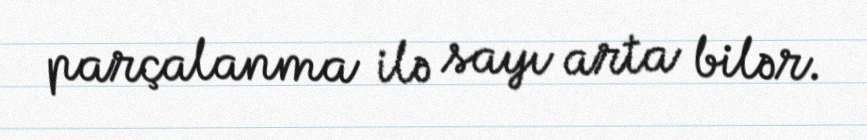
parçalanma ilə sayı arta bilər.